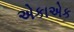
એકાએક